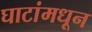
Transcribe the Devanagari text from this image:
घाटांमधून